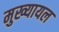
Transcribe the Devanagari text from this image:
मुख्‍यायल